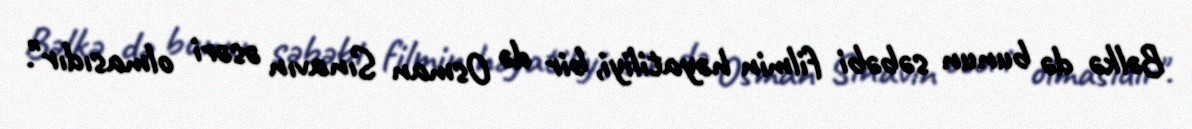
Bəlkə də bunun səbəbi filmin həyatiliyi, bir də Osman Sınavın əsəri olmasıdır".